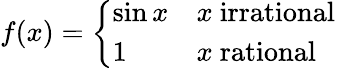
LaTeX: f(x)={\left\{ \begin{array}{ll}{\sin x}&{x{\mathrm{~irrational~}}}\\ {1}&{x{\mathrm{~rational~}}}\end{array}\right.}